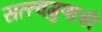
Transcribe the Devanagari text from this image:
सत्त्वगुणाची